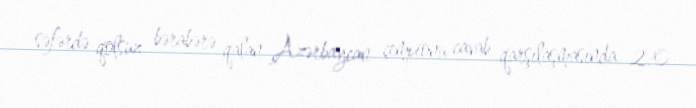
səfərdə qolsuz bərabərə qalan Azərbaycan çempionu cavab qarşılaşmasında 2:0